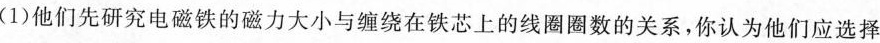
(1)他们先研究电磁铁的磁力大小与缠绕在铁芯上的线圈圈数的关系，你认为他们应选择